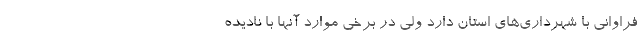
فراوانی با شهرداری‌های استان دارد ولی در برخی موارد آنها با نادیده